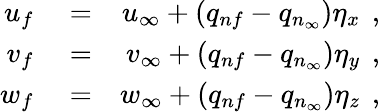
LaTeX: \begin{array}{rlr}{u_{f}}&{{}=}&{u_{\infty}+(q_{nf}-q_{n_{\infty}})\eta_{x}\, \mathrm{~,~}}\\ {v_{f}}&{{}=}&{v_{\infty}+(q_{nf}-q_{n_{\infty}})\eta_{y}\, \mathrm{~,~}}\\ {w_{f}}&{{}=}&{w_{\infty}+(q_{nf}-q_{n_{\infty}})\eta_{z}\, \mathrm{~,~}}\end{array}